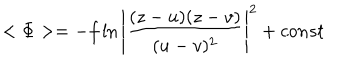
LaTeX: < \Phi > = - f \ln { \left| \frac { ( z - u ) ( z - v ) } { ( u - v ) ^ { 2 } } \right| ^ { 2 } } + c o n s t